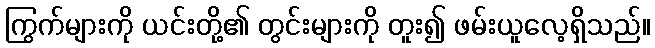
ကြွက်များကို ယင်းတို့၏ တွင်းများကို တူး၍ ဖမ်းယူလေ့ရှိသည်။